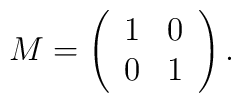
M=\left(\begin{array}{ll}1 & 0 \\0 & 1\end{array}\right) .